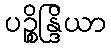
ပဉ္စိန္ဒြိယာ